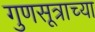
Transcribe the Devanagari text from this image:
गुणसूत्राच्या